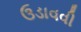
ઉડાવવી